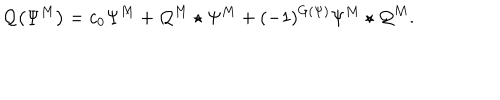
LaTeX: \mathcal { Q } \big ( \Psi ^ { M } \big ) = c _ { 0 } \Psi ^ { M } + \mathcal { Q } ^ { M } \star \Psi ^ { M } + ( - 1 ) ^ { G ( \Psi ) } \Psi ^ { M } \star \mathcal { Q } ^ { M } .